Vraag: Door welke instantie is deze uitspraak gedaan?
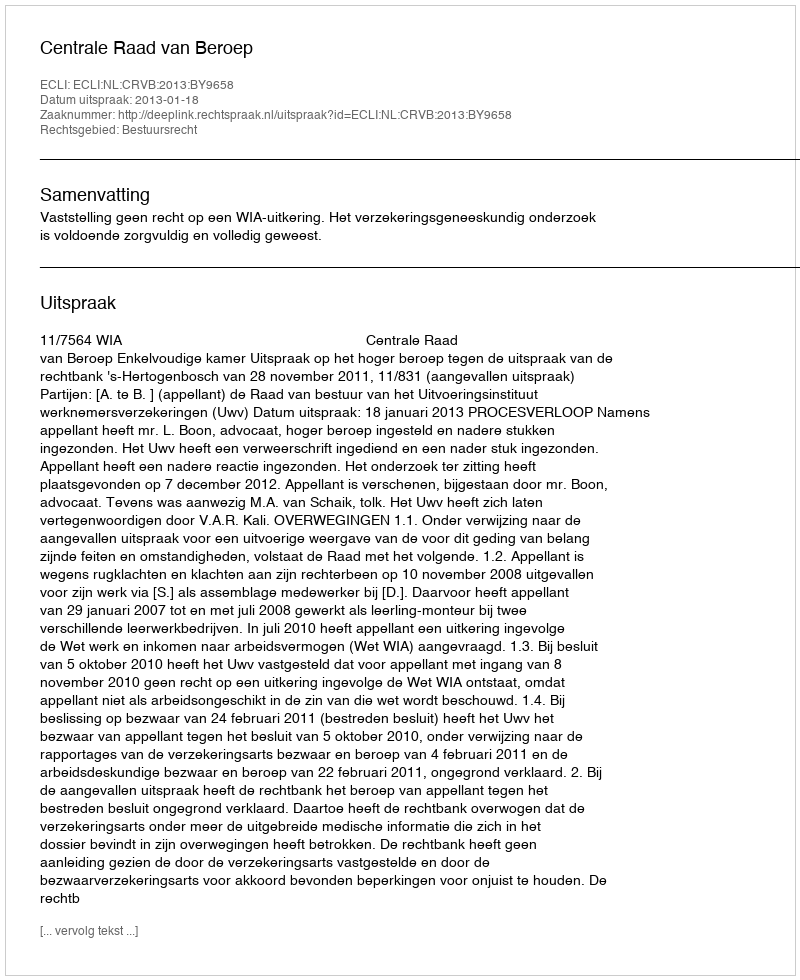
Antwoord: Centrale Raad van Beroep